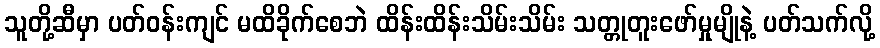
သူတို့ဆီမှာ ပတ်ဝန်းကျင် မထိခိုက်စေဘဲ ထိန်းထိန်းသိမ်းသိမ်း သတ္တုတူးဖော်မှုမျိုနဲ့ ပတ်သက်လို့